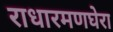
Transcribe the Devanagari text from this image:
राधारमणघेरा